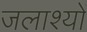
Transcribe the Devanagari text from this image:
जलाश्यों